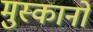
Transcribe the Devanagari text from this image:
मुस्कानों